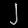
Digit: ၂